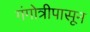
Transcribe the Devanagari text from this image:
गंगोत्रीपासून